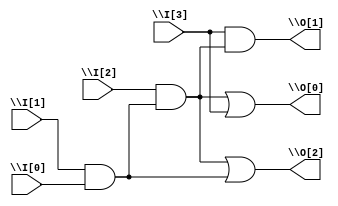
module top(\I[3] ,\I[2] ,\I[1] ,\I[0] ,\O[2] ,\O[1] ,\O[0] );
input \I[3] , \I[2] , \I[1] , \I[0] ;
output \O[2] , \O[1] , \O[0] ;

wire \40 , \41 ;

and \andno1 ( \40 , \I[1] , \I[0] );
and \andno3 ( \O[1] , \I[3] , \41 );
or \orno1 ( \O[0] , \41 , \I[3] );
or \orno2 ( \O[2] , \41 , \40 );
and \andno2 ( \41 , \I[2] , \40 );

endmodule